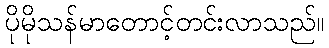
ပိုမိုသန်မာတောင့်တင်းလာသည်။